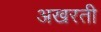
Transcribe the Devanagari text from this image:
अखरती